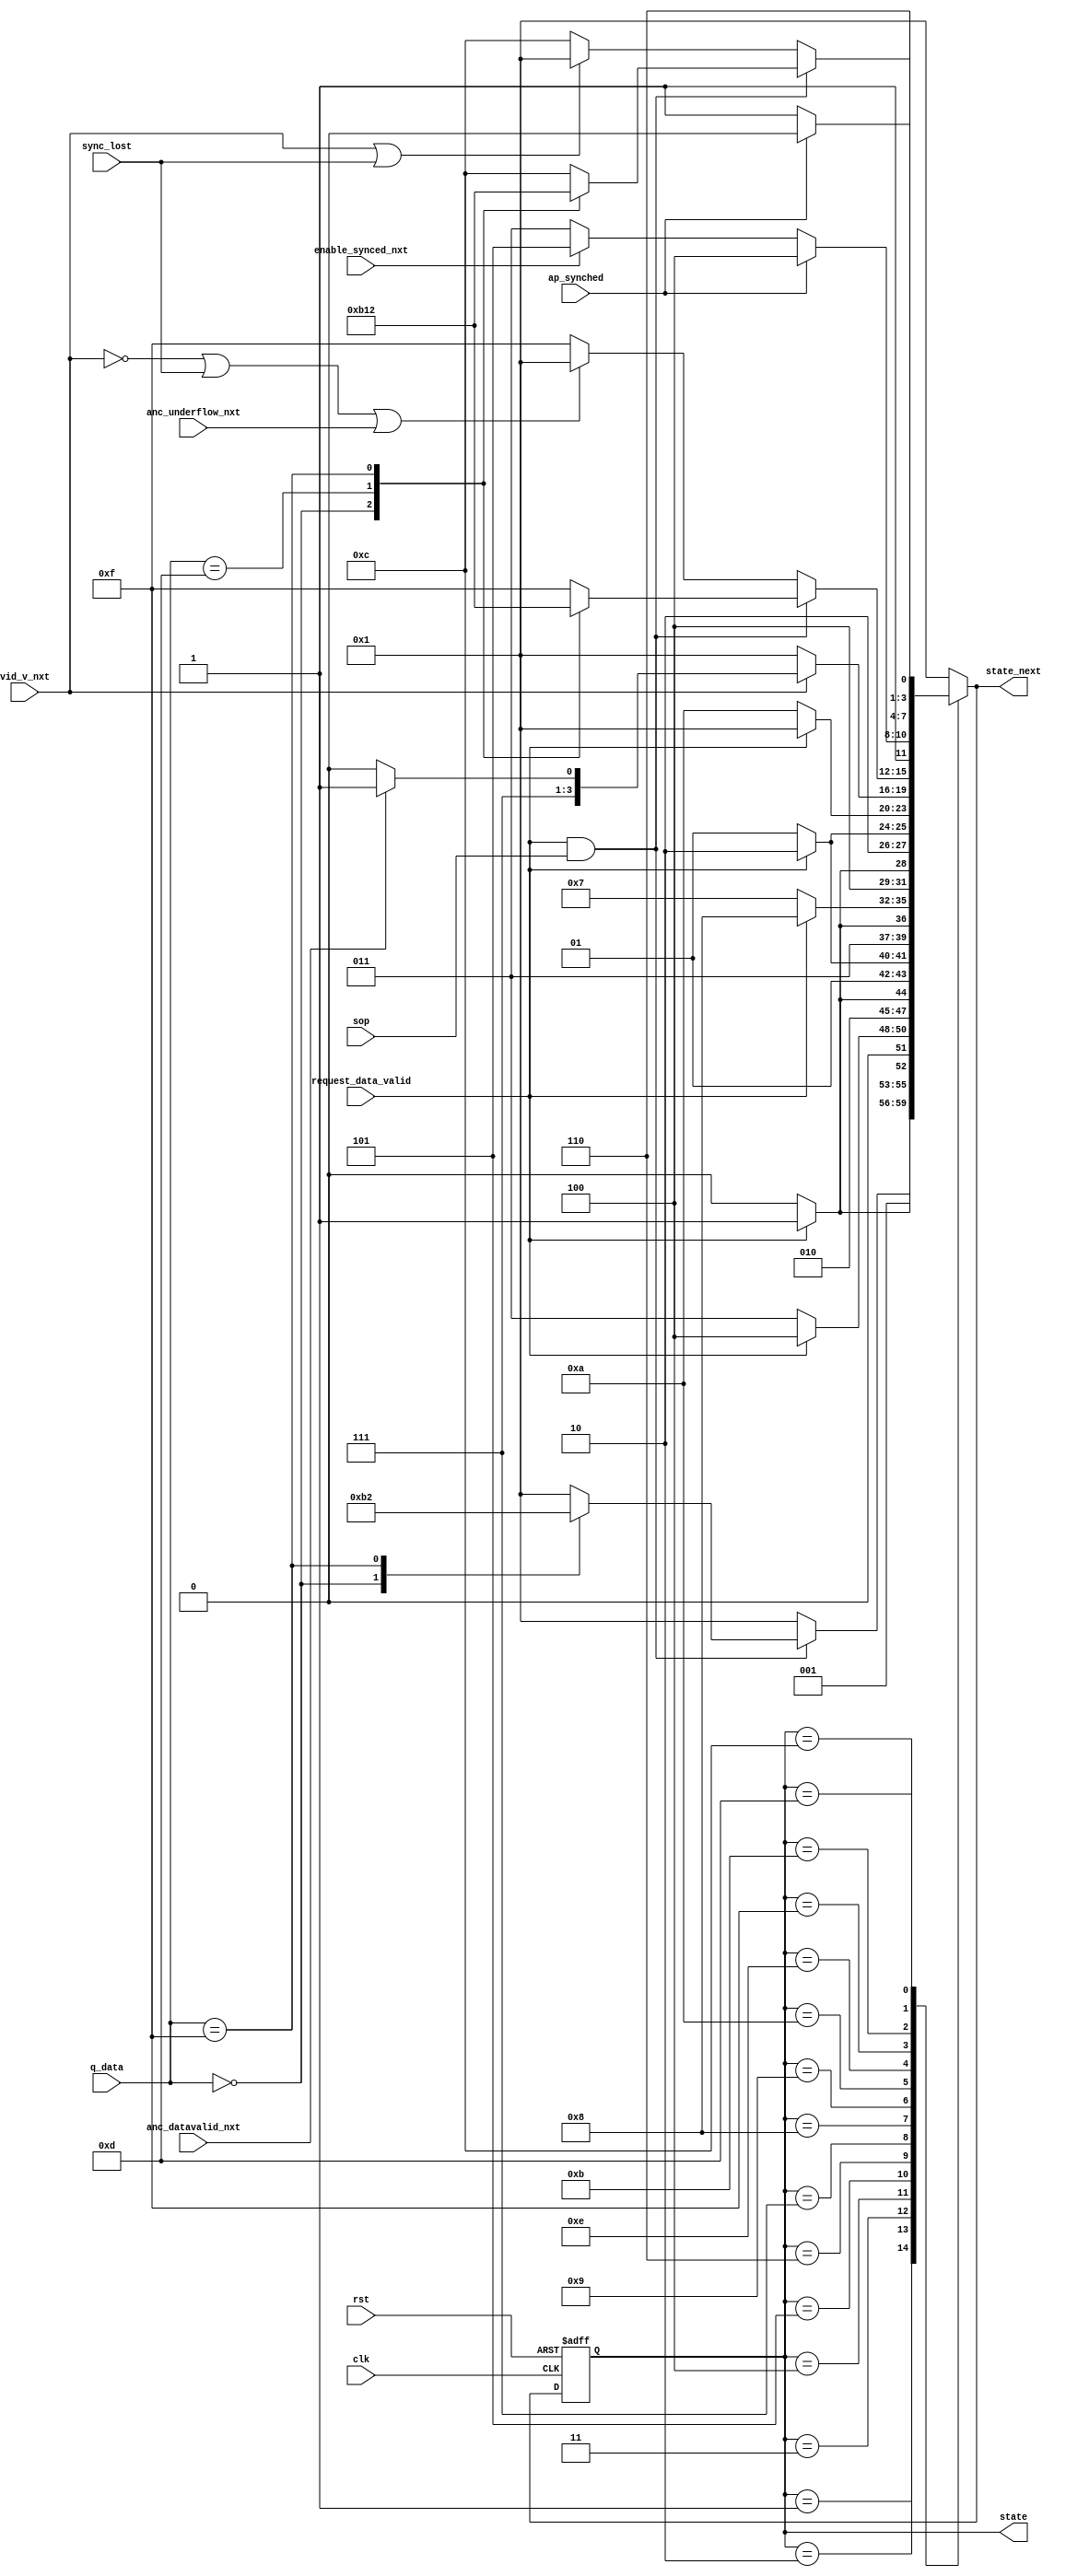
module alt_vipitc131_IS2Vid_statemachine(
   input wire rst,
   input wire clk,
   input wire request_data_valid,
   input wire sop,
   input wire vid_v_nxt,
   input wire anc_datavalid_nxt,
   input wire [3:0] q_data,
   input wire sync_lost,
   input wire anc_underflow_nxt,
   input wire ap_synched,
   input wire enable_synced_nxt,
   output wire [3:0] state_next,
   output wire [3:0] state
);

parameter USE_EMBEDDED_SYNCS = 0;
parameter NUMBER_OF_COLOUR_PLANES_IN_PARALLEL = 0;
parameter [3:0] IDLE            = 4'd0;
parameter [3:0] FIND_SOP        = 4'd1;
parameter [3:0] WIDTH_3         = 4'd2;
parameter [3:0] WIDTH_2         = 4'd3;
parameter [3:0] WIDTH_1         = 4'd4;
parameter [3:0] WIDTH_0         = 4'd5;
parameter [3:0] HEIGHT_3        = 4'd6;
parameter [3:0] HEIGHT_2        = 4'd7;
parameter [3:0] HEIGHT_1        = 4'd8;
parameter [3:0] HEIGHT_0        = 4'd9;
parameter [3:0] INTERLACING     = 4'd10;
parameter [3:0] FIND_MODE       = 4'd11;
parameter [3:0] SYNCHED         = 4'd12;
parameter [3:0] WAIT_FOR_SYNCH  = 4'd13;
parameter [3:0] WAIT_FOR_ANC    = 4'd14;
parameter [3:0] INSERT_ANC      = 4'd15;

reg [3:0] state_int;
reg [3:0] state_next_int;

always @ (posedge rst or posedge clk) begin
    if(rst) begin
        state_int <= FIND_SOP;
    end else begin
        state_int <= state_next_int;
    end
end

assign state_next = state_next_int;
assign state = state_int;
   
/*assign state_next = (state == FIND_SOP) ? (request_data_valid & sop) ? (q_data == 0) ? FIND_MODE :
                                                                       (q_data == 13 && USE_EMBEDDED_SYNCS == 1) ? (vid_v_nxt) ? WAIT_FOR_ANC : FIND_SOP :
                                                                       (q_data == 15) ? WIDTH_3 : FIND_SOP :
                                          FIND_SOP :
                    (state == WIDTH_3) ? (request_data_valid) ? control_header_state[0] : WIDTH_3 :
                    (state == WIDTH_2) ? (request_data_valid) ? control_header_state[1] : WIDTH_2 :
                    (state == WIDTH_1) ? (request_data_valid) ? control_header_state[2] : WIDTH_1 :
                    (state == WIDTH_0) ? (request_data_valid) ? control_header_state[3] : WIDTH_0 :
                    (state == HEIGHT_3) ? (request_data_valid) ? control_header_state[4] : HEIGHT_3 :
                    (state == HEIGHT_2) ? (request_data_valid) ? control_header_state[5] : HEIGHT_2 :
                    (state == HEIGHT_1) ? (request_data_valid) ? control_header_state[6] : HEIGHT_1 :
                    (state == HEIGHT_0) ? (request_data_valid) ? control_header_state[7] : HEIGHT_0 :
                    (state == INTERLACING) ? (request_data_valid) ? FIND_SOP : INTERLACING :
                    (state == WAIT_FOR_ANC) ? (~vid_v_nxt) ? FIND_SOP : (anc_datavalid_nxt) ? INSERT_ANC : WAIT_FOR_ANC :
                    (state == INSERT_ANC) ? (request_data_valid & sop) ? (q_data == 0) ? FIND_MODE :
                                                                         (q_data == 13) ? (vid_v_nxt) ? WAIT_FOR_ANC : FIND_SOP :
                                                                         (q_data == 15) ? WIDTH_3 : FIND_SOP :
                                            (~vid_v_nxt | sync_lost | anc_underflow_nxt) ? FIND_SOP : INSERT_ANC :  // underflow indicates end of ancilliary
                    (state == FIND_MODE) ? (ap_synched) ? SYNCHED : (enable_synced_nxt) ? WAIT_FOR_SYNCH : FIND_MODE :
                    (state == SYNCHED) ? (request_data_valid & sop) ? (q_data == 0) ? FIND_MODE :           // early sop?
                                                                      (q_data == 13 && USE_EMBEDDED_SYNCS == 1) ? (vid_v_nxt) ? WAIT_FOR_ANC : FIND_SOP :
                                                                      (q_data == 15) ? WIDTH_3 : FIND_SOP :
                                         (vid_v_nxt | sync_lost) ? FIND_SOP : SYNCHED :                     // early eop?
                    (state == WAIT_FOR_SYNCH) ? (ap_synched) ? SYNCHED : WAIT_FOR_SYNCH : IDLE;*/

always @ * begin
	case(state_int)
      FIND_SOP: begin
         if(request_data_valid & sop) begin
            case(q_data[3:0])
               0: begin
                  state_next_int = FIND_MODE;
               end
               13: begin
                  if(vid_v_nxt && USE_EMBEDDED_SYNCS == 1)
                     state_next_int = WAIT_FOR_ANC;
						else
							state_next_int = FIND_SOP;
               end
               15: begin
                  state_next_int = WIDTH_3;
               end
					default: begin
						state_next_int = FIND_SOP;
					end
            endcase
         end else
				state_next_int = FIND_SOP;
      end
      WIDTH_3: begin
         if(request_data_valid)
            if(NUMBER_OF_COLOUR_PLANES_IN_PARALLEL < 9)
               state_next_int = WIDTH_2;
            else
               state_next_int = FIND_SOP;
			else
				state_next_int = WIDTH_3;
      end
      WIDTH_2: begin
         if(request_data_valid)
            if(2 * NUMBER_OF_COLOUR_PLANES_IN_PARALLEL < 9)
               state_next_int = WIDTH_1;
            else
               state_next_int = FIND_SOP;
			else
				state_next_int = WIDTH_2;
      end
      WIDTH_1: begin
         if(request_data_valid)
            if(3 * NUMBER_OF_COLOUR_PLANES_IN_PARALLEL < 9)
               state_next_int = WIDTH_0;
            else
               state_next_int = FIND_SOP;
			else
				state_next_int = WIDTH_1;
      end
      WIDTH_0: begin
         if(request_data_valid)
            if(4 * NUMBER_OF_COLOUR_PLANES_IN_PARALLEL < 9)
               state_next_int = HEIGHT_3;
            else
               state_next_int = FIND_SOP;
			else
				state_next_int = WIDTH_0;
      end
      HEIGHT_3: begin
         if(request_data_valid)
            if(5 * NUMBER_OF_COLOUR_PLANES_IN_PARALLEL < 9)
               state_next_int = HEIGHT_2;
            else
               state_next_int = FIND_SOP;
			else
				state_next_int = HEIGHT_3;
      end
      HEIGHT_2: begin
         if(request_data_valid)
            if(6 * NUMBER_OF_COLOUR_PLANES_IN_PARALLEL < 9)
               state_next_int = HEIGHT_1;
            else
               state_next_int = FIND_SOP;
			else
				state_next_int = HEIGHT_2;
      end
      HEIGHT_1: begin
         if(request_data_valid)
            if(7 * NUMBER_OF_COLOUR_PLANES_IN_PARALLEL < 9)
               state_next_int = HEIGHT_0;
            else
               state_next_int = FIND_SOP;
			else
				state_next_int = HEIGHT_1;
      end
      HEIGHT_0: begin
         if(request_data_valid)
            if(8 * NUMBER_OF_COLOUR_PLANES_IN_PARALLEL < 9)
               state_next_int = INTERLACING;
            else
               state_next_int = FIND_SOP;
			else
				state_next_int = HEIGHT_0;
      end
      INTERLACING: begin
         if(request_data_valid)
            state_next_int = FIND_SOP;
			else
				state_next_int = INTERLACING;
      end
      WAIT_FOR_ANC: begin
         if(~vid_v_nxt)
            state_next_int = FIND_SOP;
         else if(anc_datavalid_nxt)
            state_next_int = INSERT_ANC;
			else
				state_next_int = WAIT_FOR_ANC;
      end
      INSERT_ANC: begin
         if(request_data_valid & sop) begin
            case(q_data[3:0])
               0: begin
                  state_next_int = FIND_MODE;
               end
               13: begin
                  if(vid_v_nxt && USE_EMBEDDED_SYNCS == 1)
                     state_next_int = WAIT_FOR_ANC;
					   else
							state_next_int = FIND_SOP;
               end
               15: begin
                  state_next_int = WIDTH_3;
               end
					default: begin
						state_next_int = INSERT_ANC;
					end
            endcase
         end else if(~vid_v_nxt | sync_lost | anc_underflow_nxt)
            state_next_int = FIND_SOP;
         else
				state_next_int = INSERT_ANC;
      end
      FIND_MODE: begin
         if(ap_synched)
            state_next_int = SYNCHED;
         else if(enable_synced_nxt)
            state_next_int = WAIT_FOR_SYNCH;
			else
				state_next_int = FIND_MODE;
      end
      SYNCHED: begin
         if(request_data_valid & sop) begin
            case(q_data[3:0])
               0: begin
                  state_next_int = FIND_MODE;
               end
               13: begin
                  if(vid_v_nxt && USE_EMBEDDED_SYNCS == 1)
                     state_next_int = WAIT_FOR_ANC;
						else
							state_next_int = FIND_SOP;
               end
               15: begin
                  state_next_int = WIDTH_3;
               end
					default: begin
						state_next_int = SYNCHED;
					end
            endcase
         end else if(vid_v_nxt | sync_lost)
            state_next_int = FIND_SOP;
         else
				state_next_int = SYNCHED;
      end
      WAIT_FOR_SYNCH: begin
         if(ap_synched)
            state_next_int = SYNCHED;
			else
				state_next_int = WAIT_FOR_SYNCH;
      end
		default: begin
			state_next_int = FIND_SOP;
		end
   endcase
end

endmodule